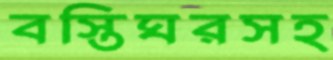
বস্তিঘরসহ